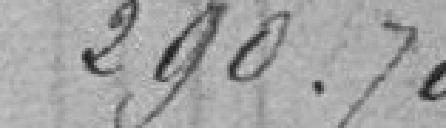
290.70